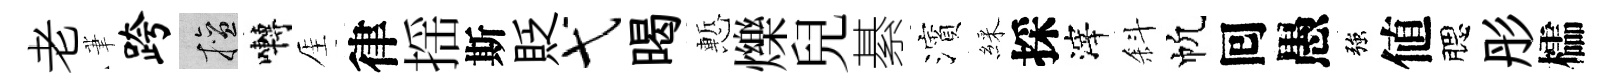
老茟跨擅囀厓律揺斯貶弋暍慙爍兒綦濱綵採滓斜帆囘愚強値腮彤櫺